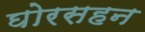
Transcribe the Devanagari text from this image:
घोरसहन